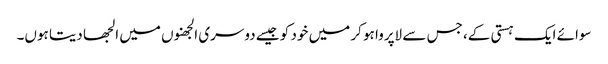
سوائے ایک ہستی کے، جس سے لاپروا ہو کر میں خود کو جیسے دوسری الجھنوں میں الجھا دیتا ہوں۔